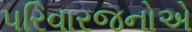
પરિવારજનોએ